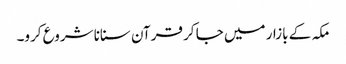
مکہ کے بازار میں جا کر قرآن سنانا شروع کرو۔